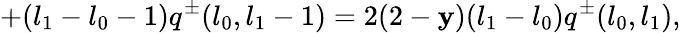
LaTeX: +(l_{1}-l_{0}-1)q^{\pm}(l_{0},l_{1}-1)=2(2-\mathbf{y})(l_{1}-l_{0})q^{\pm}(l_{0},l_{1}),